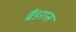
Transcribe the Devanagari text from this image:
बैंडरास